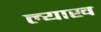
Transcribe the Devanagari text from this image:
ल्याख